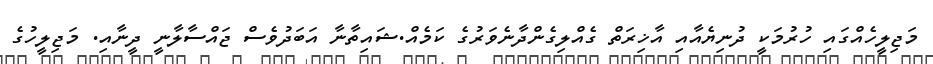
މަޖިލީހެއްގައި ހުރުމަކީ ދުނިޔެއާއި އާޚިރަތް ގެއްލިގެންދާނެވަރުގެ ކަމެއް.ޝައިތާނާ އަބަދުވެސް ޖައްސާލާނީ ދީނާއި. މަޖިލީހުގެ